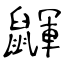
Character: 鼲